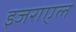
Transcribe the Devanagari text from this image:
इजराएल